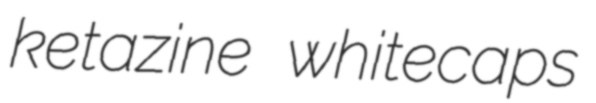
ketazine whitecaps